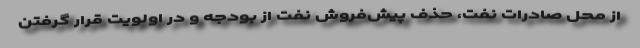
از محل صادرات نفت، حذف پیش‌فروش نفت از بودجه و در اولویت قرار گرفتن